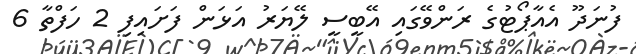
ފުނަދޫ އެއާޕޯޓުގެ ރަންވޭގައި އޭބީސީ ލޭޔަރު އަޅަން ފަށައިފި 2 ހަފްތާ 6